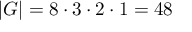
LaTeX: | G | = 8 \cdot 3 \cdot 2 \cdot 1 = 4 8